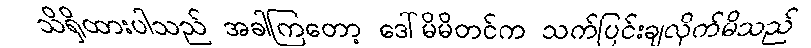
သိရှိထားပါသည် အခါကြတော့ ဒေါ်မိမိတင်က သက်ပြင်းချလိုက်မိသည်